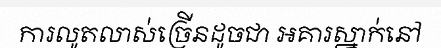
ការលូតលាស់ច្រើនដូចជា អគារស្នាក់នៅ